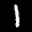
Label: 1